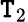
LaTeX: \mathtt{T}_{2}